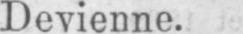
Devienne.